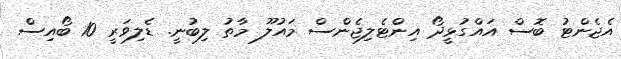
އެޖެންޓު ބޮސް އައްގުޅީދޯ އިންޓެލިޖެންސް މައުލޫ މާތު ލިބުނީ. ޑެލިވަރީ 10 ބޯއިސް